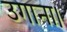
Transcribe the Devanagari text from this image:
उगाना।